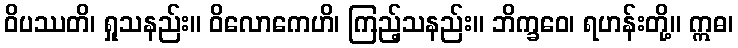
ဝိပဿတိ၊ ရှုသနည်း။ ဝိလောကေဟိ၊ ကြည့်သနည်း။ ဘိက္ခဝေ၊ ရဟန်းတို့။ ဣဓ၊